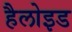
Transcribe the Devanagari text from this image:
हैलोइड